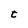
Character: t